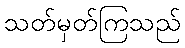
သတ်မှတ်ကြသည်